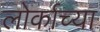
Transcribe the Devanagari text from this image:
लोर्काच्या